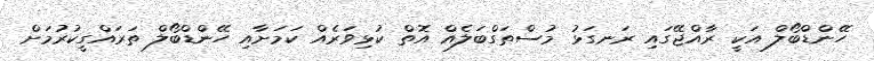
ހޭންޑްބޯލް އަކީ ރާއްޖޭގައި ރަނގަޅު މުސްތަގްބަލެއް އޮތް ކުޅިވަރެއް ކަމަށާއި ހޭންޑްބޯލް ތަރައްގީކުރުމަށް